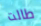
طالت